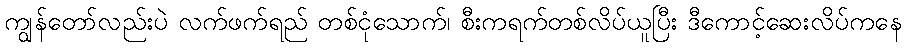
ကျွန်တော်လည်းပဲ လက်ဖက်ရည် တစ်ငုံသောက်၊ စီးကရက်တစ်လိပ်ယူပြီး ဒီကောင့်ဆေးလိပ်ကနေ